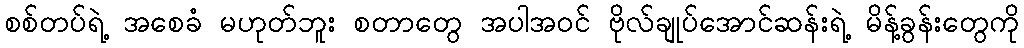
စစ်တပ်ရဲ့ အစေခံ မဟုတ်ဘူး စတာတွေ အပါအဝင် ဗိုလ်ချုပ်အောင်ဆန်းရဲ့ မိန့်ခွန်းတွေကို